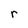
Character: r